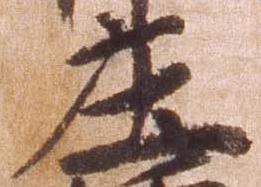
庄